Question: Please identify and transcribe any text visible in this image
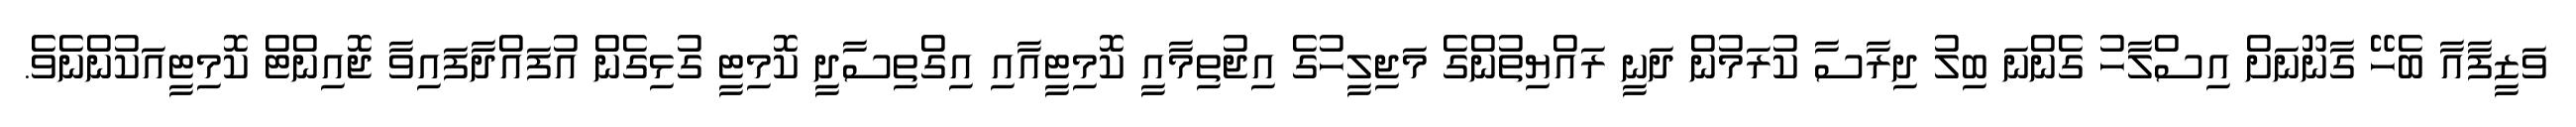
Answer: ވަޒީފާއާ ބެހޭ ގާނޫނަށް އިސްލާހު ގެންނަ ބިލު ދިރާސާ ކުރަމުން ދަނީ ރައްޔިތުންގެ މަޖިލީހުގެ އިޖުތިމާއީ ކޮމިޓީއާއި އިގްތިސާދީ ކޮމިޓީ ގުޅިގެން އުފައްދާފައިވާ ޖޮއިންޓް ކޮމިޓީއަކުންނެވެ.